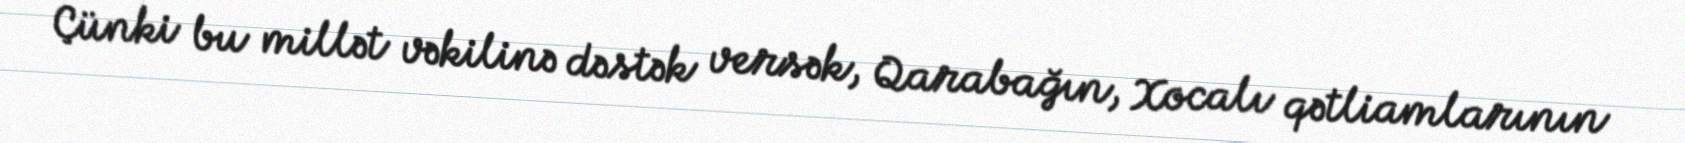
Çünki bu millət vəkilinə dəstək versək, Qarabağın, Xocalı qətliamlarının